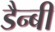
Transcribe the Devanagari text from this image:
डैन्बी